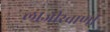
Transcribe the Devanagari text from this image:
लाजीरवाणी